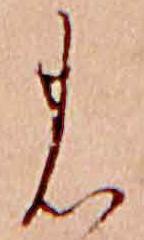
の